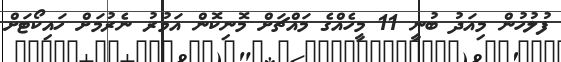
ފުލުހުން މިއަދު ބުނީ 11 މީހެއްގެ މައްޗަށް މޮނިކޮން އަމުރު ނެރުމަށް ހައިކޯޓަށް